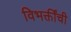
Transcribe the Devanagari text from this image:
विभक्तींची